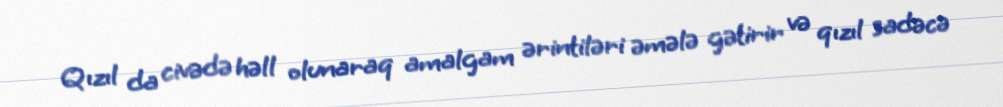
Qızıl da civədə həll olunaraq amalgam ərintiləri əmələ gətirir və qızıl sadəcə